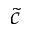
\tilde { c }